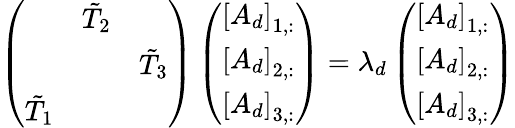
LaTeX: \left(\begin{array}{lll}&{\tilde{T}_{2}}&\\ &&{\tilde{T}_{3}}\\ {\tilde{T}_{1}}&&\end{array}\right)\left(\begin{array}{l}{\left[A_{d}\right]_{1,:}}\\ {\left[A_{d}\right]_{2,:}}\\ {\left[A_{d}\right]_{3,:}}\end{array}\right)=\lambda_{d}\left(\begin{array}{l}{\left[A_{d}\right]_{1,:}}\\ {\left[A_{d}\right]_{2,:}}\\ {\left[A_{d}\right]_{3,:}}\end{array}\right)